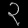
Digit: ၃